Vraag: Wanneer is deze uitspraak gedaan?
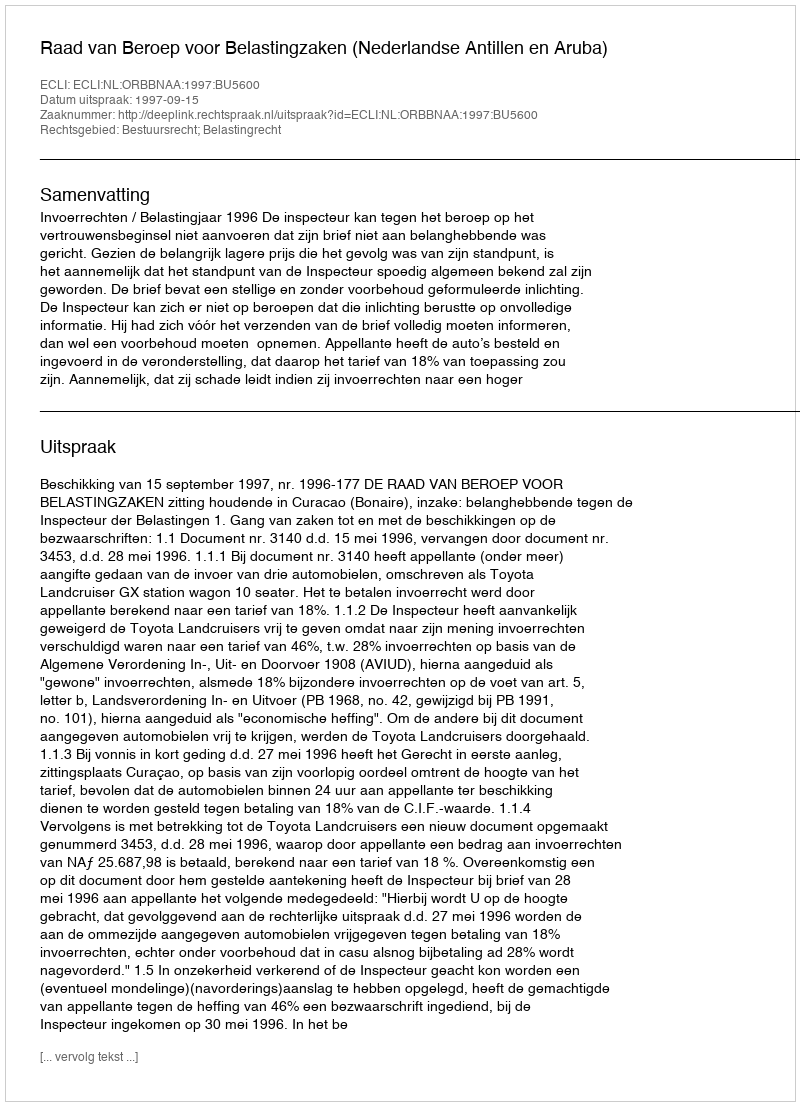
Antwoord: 1997-09-15